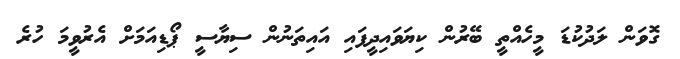
ގޮވަން ލަދުކުޑަ މީހެއްތީ ބޭރުން ކިޔަވައިދީފައި އައިތަނުން ސިޔާސީ ޕޯޑިއަމަށް އެރުވީމަ ހުރެ